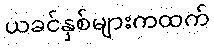
ယခင်နှစ်များကထက်